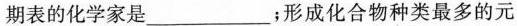
期表的化学家是___；形成化合物种类最多的元